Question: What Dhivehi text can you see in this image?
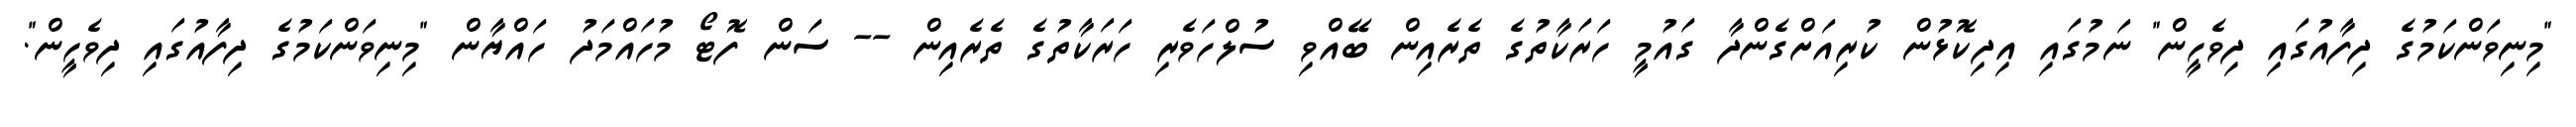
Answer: "މިނިވަންކަމުގެ ދިފާއުގައި ދިވެހީން" ނަމުގައި އިދިކޮޅުން ކުރިއަށްގެންދާ ގައުމީ ހަރަކާތުގެ ތެރެއިން ބޭއްވި ސުލްހަވެރި ހަރަކާތުގެ ތެރެއިން -- ސަން ފޮޓޯ މުހައްމަދު ހައްޔާން "މިނިވަންކަމުގެ ދިފާއުގައި ދިވެހީން".